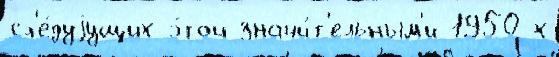
сл'е́дуjущих э́той значи́т'ельным'и 1950-х